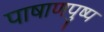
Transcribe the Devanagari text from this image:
पाषाणपुष्प